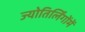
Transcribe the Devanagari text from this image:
ज्योतिर्लिंगोंमें